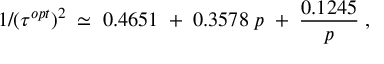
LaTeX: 1 / ( \tau ^ { o p t } ) ^ { 2 } \; \simeq \; 0 . 4 6 5 1 \; + \; 0 . 3 5 7 8 \; p \; + \; { \frac { 0 . 1 2 4 5 } { p } } \; ,